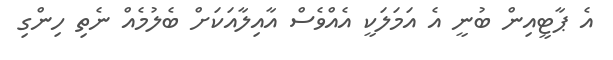
އެ ޕާޓީއިން ބުނީ އެ އަމަލަކީ އެއްވެސް އާއިލާއަކަށް ބެލުމެއް ނެތި ހިންގި